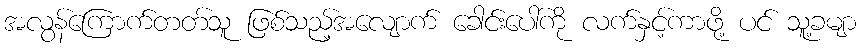
အလွန်ကြောက်တတ်သူ ဖြစ်သည့်အလျောက် ခေါင်းပေါ်ကို လက်နှင့်ကာဖို့ ပင် သူ့ခမျာ